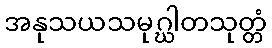
အနုသယသမုဂ္ဃါတသုတ္တံ